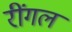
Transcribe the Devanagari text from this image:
रींगल